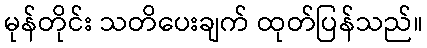
မုန်တိုင်း သတိပေးချက် ထုတ်ပြန်သည်။